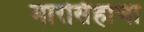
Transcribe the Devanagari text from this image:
मारसिंहाचा